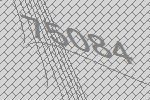
75084